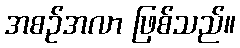
အစဉ်အလာ ဖြစ်သည်။